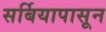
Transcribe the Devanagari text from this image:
सर्बियापासून